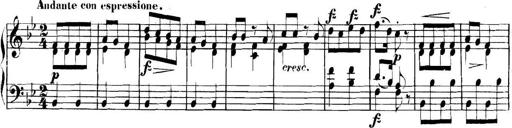
Title: Collected Piano Sonatas
Composer: Muzio Clementi